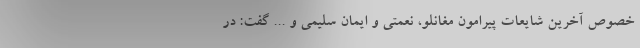
خصوص آخرین شایعات پیرامون مغانلو، نعمتی و ایمان سلیمی و ... گفت: در